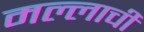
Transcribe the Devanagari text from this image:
मल्लाची